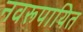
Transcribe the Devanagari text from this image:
नवरूपायित